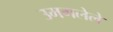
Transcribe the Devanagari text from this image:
उमगलेले